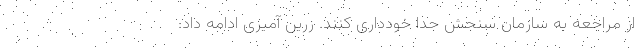
از مراجعه به سازمان سنجش جداً خودداری کنند. زرین آمیزی ادامه داد: